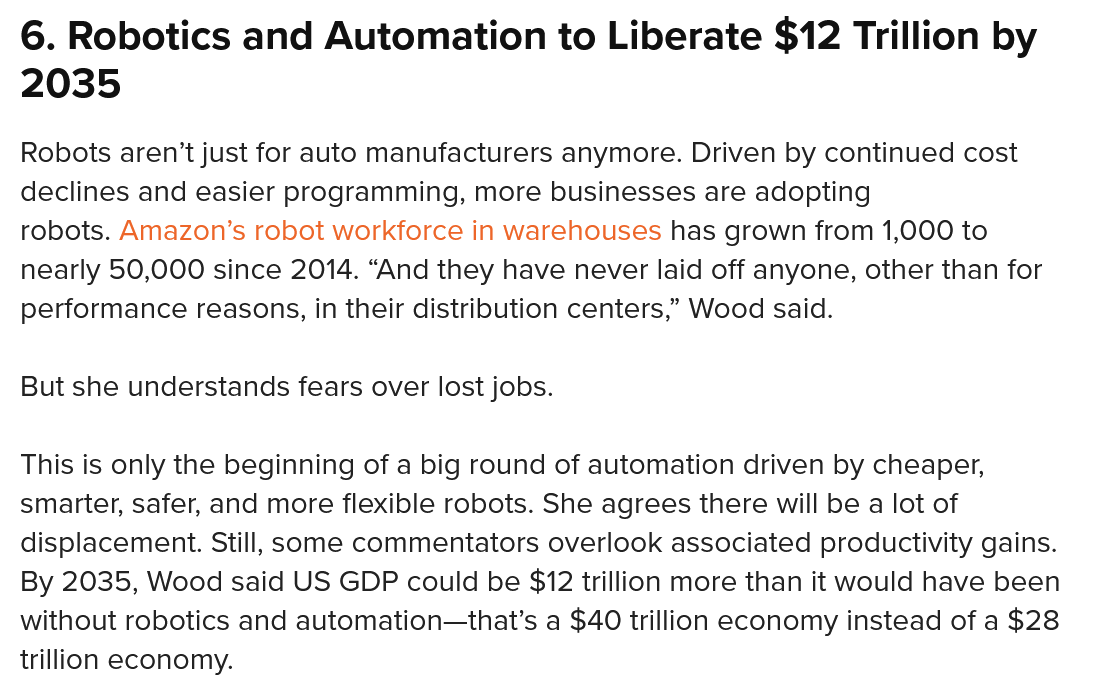
6. Robotics    and   Automation    to Liberate    $12  Trillion  by
  2035
  Robots aren’t just for auto manufacturers anymore. Driven by continued cost
  declines and easier programming, more businesses are adopting
  robots. Amazon’s robot workforce in warehouses has grown from 1,000 to
  nearly 50,000 since 2014. “And they have never laid off anyone, other than for
  performance reasons, in their distribution centers,” Wood said.
  But she understands fears over lost jobs.
  This is only the beginning of a big round of automation driven by cheaper,
  smarter, safer, and more flexible robots. She agrees there will be a lot of
  displacement. Still, some commentators overlook associated productivity gains.
  By 2035, Wood said US GDP could be $12 trillion more than it would have been
  without robotics and automation—that’s a $40 trillion economy instead of a $28
  trillion economy.